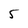
Character: 5